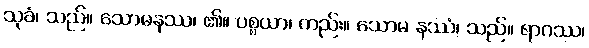
သုခံ၊ သည်။ သောမနဿ၊ ၏။ ပစ္စယာ၊ တည်း။ သောမ နဿံ၊ သည်။ ရာဂဿ၊